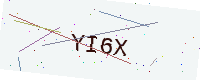
Text: YI6X